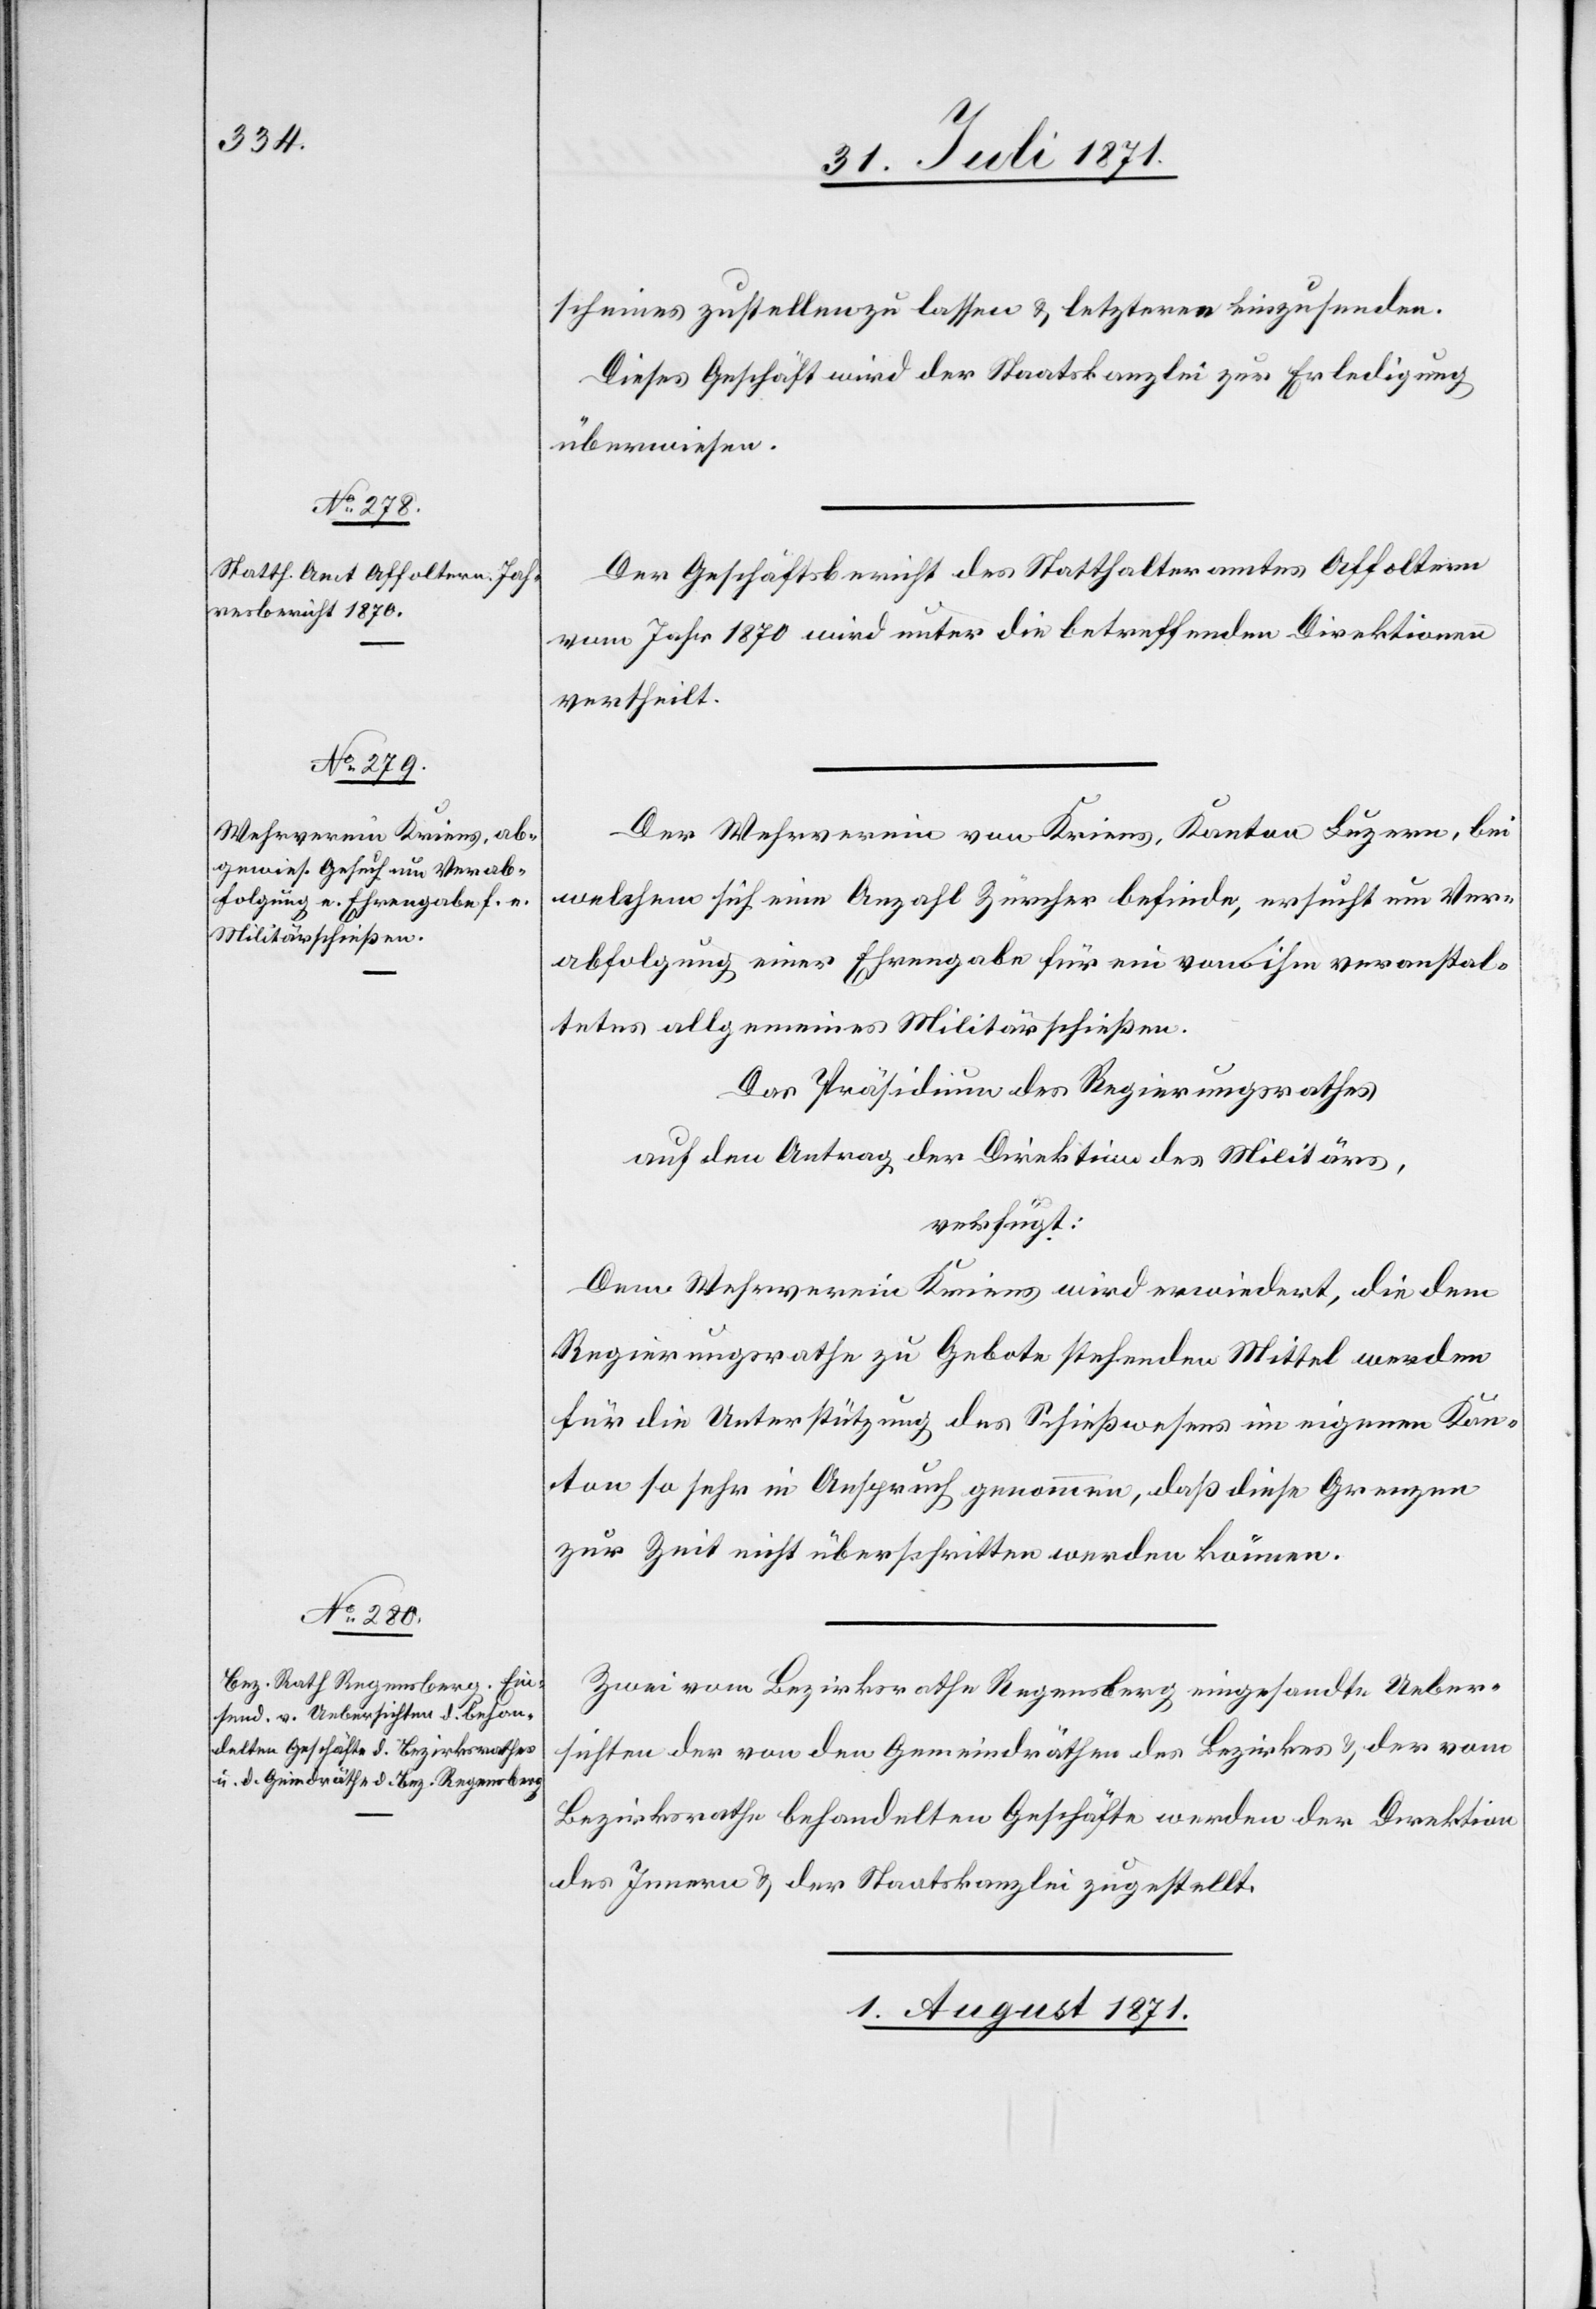
31. Juli 1871.]
scheines zustellen zu lassen u. letzteren einzusenden.
Dieses Geschäft wird der Staatskanzlei zur Erledigung
überwiesen.
Der Geschäftsbericht des Statthalteramtes Affoltern
vom Jahr 1870 wird unter die betreffenden Direktionen
vertheilt.
Der Wehrverein von Kriens, Kanton Luzern, bei
welchem sich eine Anzahl Züricher befinde, ersucht um Ver¬
abfolgung einer Ehrengabe für ein von ihm veranstal¬
tetes allgemeines Militärschießen.
Das Präsidium des Regierungsrathes
auf den Antrag der Direktion des Militärs,
verfügt:
Dem Wehrverein Kriens wird erwiedert, die dem
Regierungsrathe zu Gebote stehenden Mittel werden
für die Unterstützung des Schießwesens im eigenem Kan¬
ton so sehr in Anspruch genommen, daß diese Grenzen
zur Zeit nicht überschritten werden können.
Zwei vom Bezirksrathe Regensberg eingesandte Ueber¬
sichten der von den Gemeindräthen des Bezirkes u. der vom
Bezirksrathe behandelten Geschäfte werden der Direktion
des Innern u. der Staatskanzlei zugestellt.